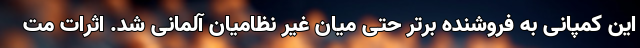
این کمپانی به فروشنده برتر حتی میان غیر نظامیان آلمانی شد. اثرات مت